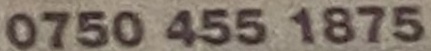
0750 455 1875